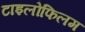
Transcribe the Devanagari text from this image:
टाइलोफिलम